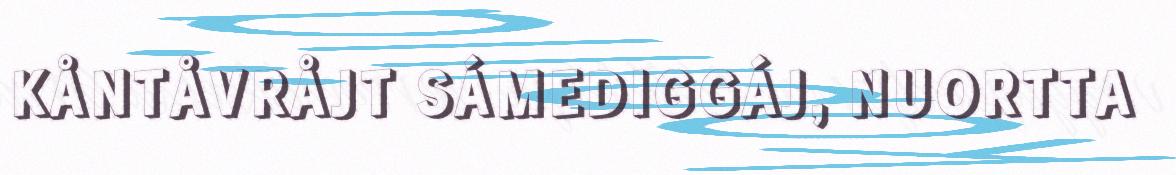
KÅNTÅVRÅJT SÁMEDIGGÁJ, NUORTTA